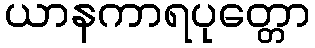
ယာနကာရပုတ္တော